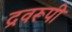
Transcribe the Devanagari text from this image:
द्रवरूपी